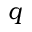
q